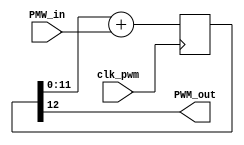
`timescale 1ns / 1ps

module pwm #(parameter cant_bits = 12)(
				input wire clk_pwm,
				input wire [cant_bits-1:0] PMW_in,
				output wire PWM_out
   );
	
   reg [cant_bits:0] counter;
     
   always @ (posedge clk_pwm)
		
         counter <= counter[cant_bits-1:0] + PMW_in;
       
		 
assign PWM_out = counter[cant_bits];

endmodule